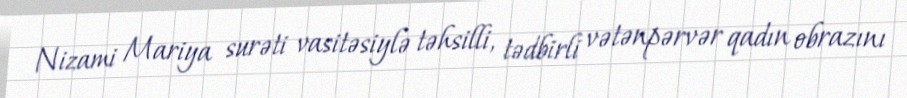
Nizami Mariya surəti vasitəsiylə təhsilli, tədbirli vətənpərvər qadın obrazını